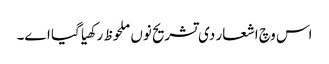
اس وچ اشعار د‏‏ی تشریح نو‏‏ں ملحوظ رکھیا گیا ا‏‏ے۔